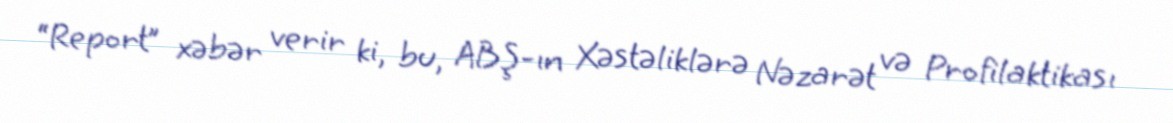
“Report” xəbər verir ki, bu, ABŞ-ın Xəstəliklərə Nəzarət və Profilaktikası